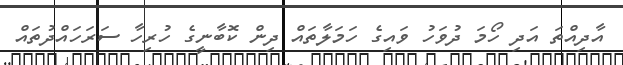
އާދިއްތަ އަދި ހޯމަ ދުވަހު ވައިގެ ހަމަލާތައް ދިން ކޮބާނީގެ ހުރިހާ ސަރަހައްދުތައް